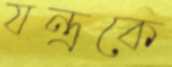
যন্ত্রকে